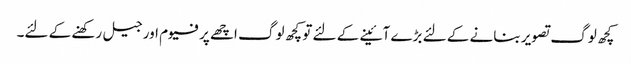
کچھ لوگ تصویر بنانے کے لئے بڑے آئینے کے لئے تو کچھ لوگ اچھے پرفیوم اور جیل رکھنے کے لئے۔